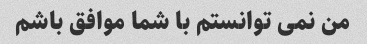
من نمی توانستم با شما موافق باشم